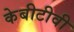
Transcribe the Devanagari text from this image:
केबीटीवी